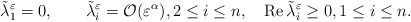
\begin{align*} \tilde{\lambda}^\varepsilon_1=0,\quad\quad\tilde{\lambda}^{\varepsilon}_i=\mathcal O(\varepsilon^\alpha),2\leq i\leq n, \quad\operatorname{Re} \tilde{\lambda}^\varepsilon_i \geq 0, 1\leq i\leq n.\end{align*}